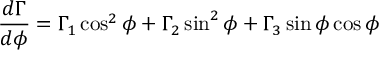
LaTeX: \frac { d \Gamma } { d \phi } = \Gamma _ { 1 } \cos ^ { 2 } \phi + \Gamma _ { 2 } \sin ^ { 2 } \phi + \Gamma _ { 3 } \sin \phi \cos \phi